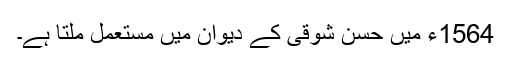
1564ء میں حسن شوقی کے دیوان میں مستعمل ملتا ہے۔